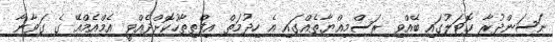
ނަސަންދުރާ ހޮޓަލުގައި ބޭއްވި ރަސްމިއްޔާތެއްގައި އެ ހިދުމަތް އިފްތިތާހުކޮށްދެއްވީ އެމްއެމްއޭ ގެ ގަވާނާ